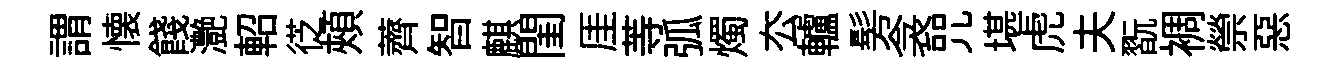
謂懐餞灔軺徔頰薺智麒閨厓䓁弧燭厺轤髣衾咒堪虎夫翫裯禜惡